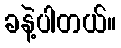
ခနဲ့ပါတယ်။